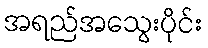
အရည်အသွေးပိုင်း